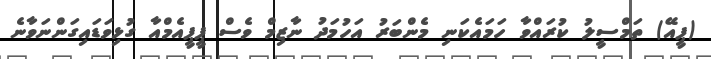
(ޕީއޭ) ތަމްސީލު ކުރައްވާ ހަމައެކަނި މެންބަރު އަހުމަދު ނާޒިމް ވެސް ޕީޕީއެމްއާ ގުޅިވަޑައިގަންނަވާނެ